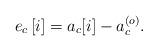
LaTeX: \begin{align*} e_c\left[i\right]=a_c{\left[i\right]}-a_c^{\left(o\right)}.\end{align*}